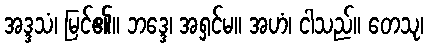
အဒ္ဒသံ၊ မြင်၏။ ဘဒ္ဒေ၊ အရှင်မ။ အဟံ၊ ငါသည်။ တေသု၊